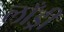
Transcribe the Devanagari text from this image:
लाँड्री